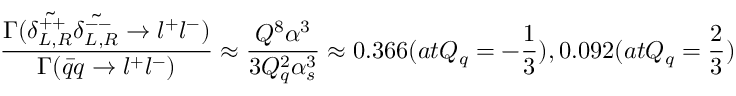
\frac { \Gamma ( \tilde { \delta _ { L , R } ^ { + + } } \tilde { \delta _ { L , R } ^ { -- } } \rightarrow l ^ { + } l ^ { - } ) } { \Gamma ( \bar { q } q \rightarrow l ^ { + } l ^ { - } ) } \approx \frac { Q ^ { 8 } \alpha ^ { 3 } } { 3 Q _ { q } ^ { 2 } \alpha _ { s } ^ { 3 } } \approx 0 . 3 6 6 ( a t Q _ { q } = - \frac { 1 } { 3 } ) , 0 . 0 9 2 ( a t Q _ { q } = \frac { 2 } { 3 } )